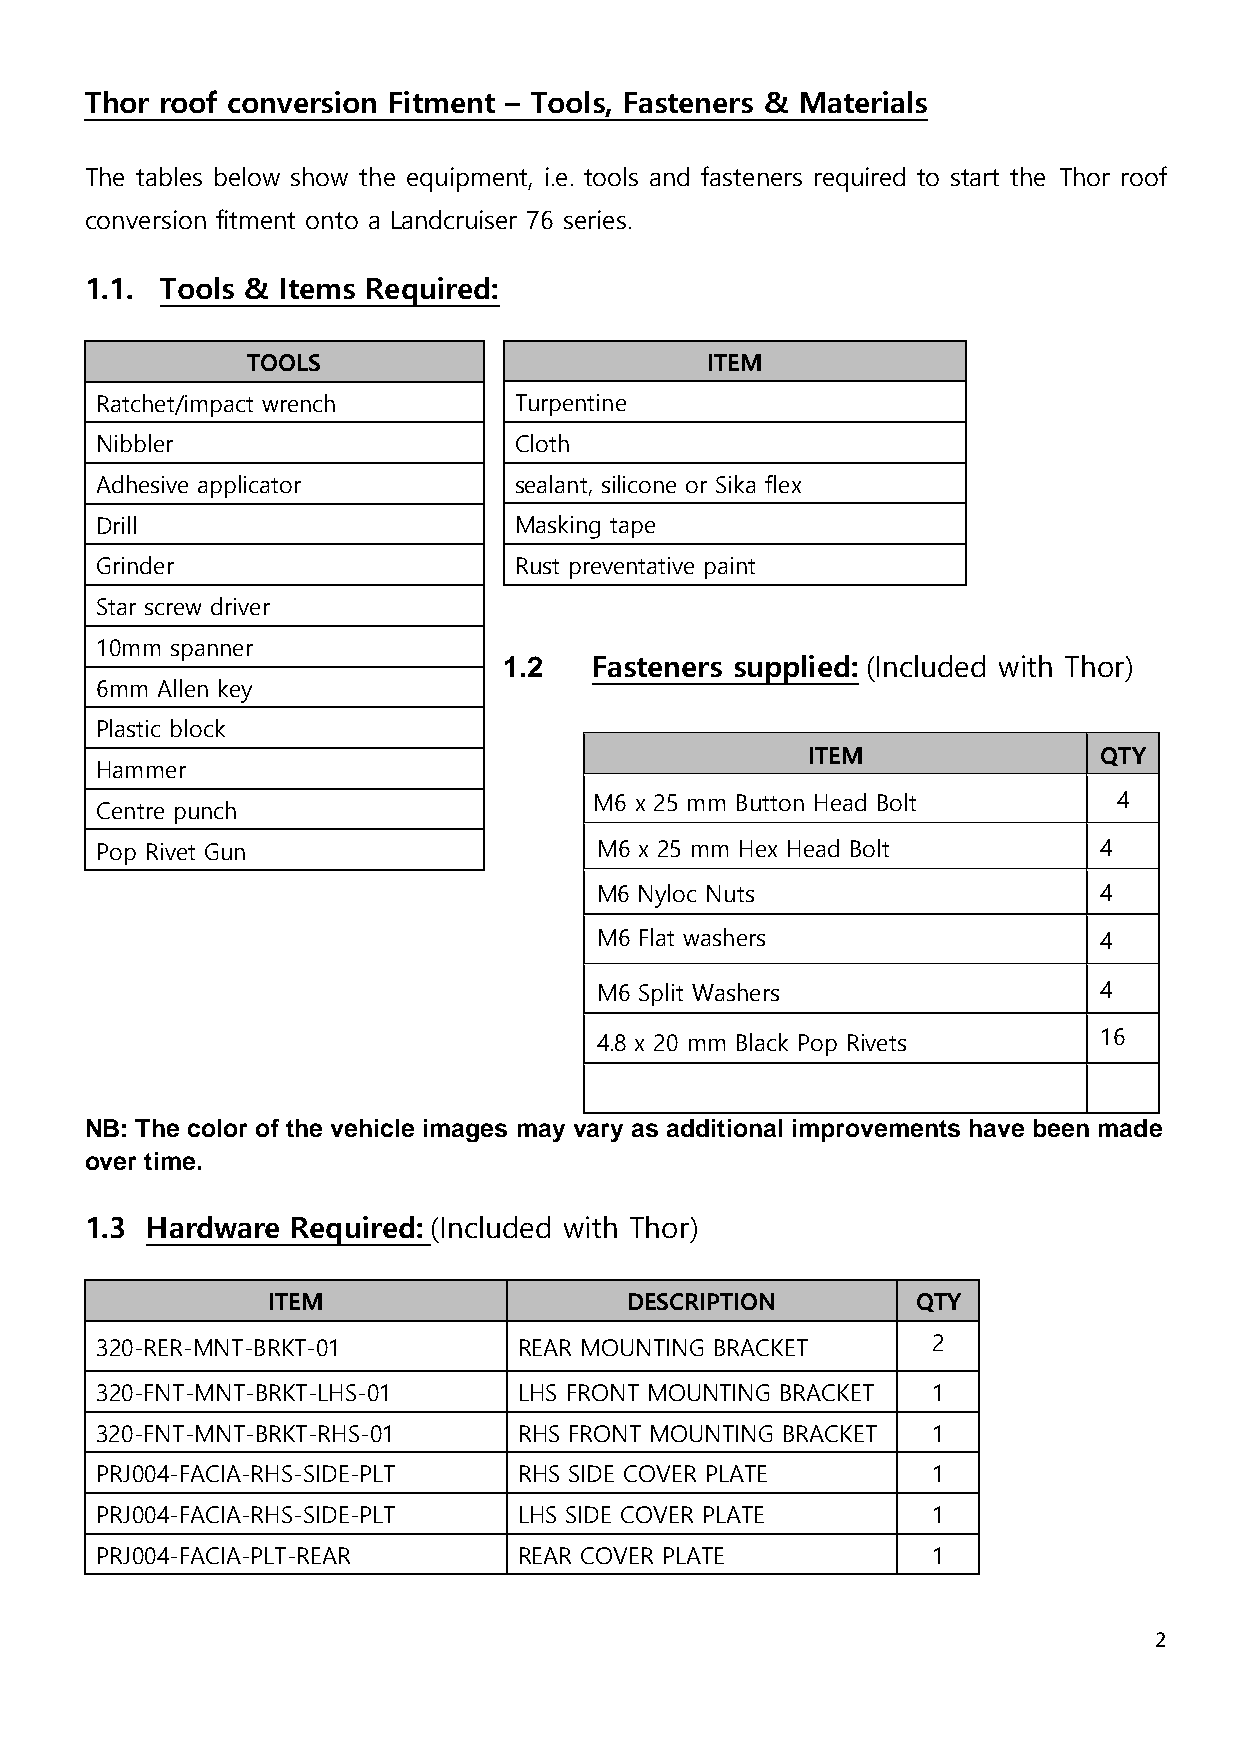
Thor roof conversion Fitment – Tools, Fasteners & Materials
 The tables below show the equipment, i.e. tools and fasteners required to start the Thor roof
 conversion fitment onto a Landcruiser 76 series.
 1.1. Tools & Items Required:
 TOOLS                          ITEM
 Ratchet/impact wrench       Turpentine
 Nibbler                     Cloth
 Adhesive applicator         sealant, silicone or Sika flex
 Drill                       Masking tape
 Grinder                     Rust preventative paint
 Star screw driver
 10mm spanner
 1.2   Fasteners supplied: (Included with Thor)
 6mm Allen key
 Plastic block
 ITEM                QTY
 Hammer
 M6 x 25 mm Button Head Bolt        4
 Centre punch
 Pop Rivet Gun                    M6 x 25 mm Hex Head Bolt          4
 M6 Nyloc Nuts                     4
 M6 Flat washers                   4
 M6 Split Washers                  4
 4.8 x 20 mm Black Pop Rivets      16
 NB: The color of the vehicle images may vary as additional improvements have been made
 over time.
 1.3 Hardware Required: (Included with Thor)
 ITEM                   DESCRIPTION         QTY
 320-RER-MNT-BRKT-01         REAR MOUNTING BRACKET       2
 320-FNT-MNT-BRKT-LHS-01     LHS FRONT MOUNTING BRACKET  1
 320-FNT-MNT-BRKT-RHS-01     RHS FRONT MOUNTING BRACKET  1
 PRJ004-FACIA-RHS-SIDE-PLT   RHS SIDE COVER PLATE        1
 PRJ004-FACIA-RHS-SIDE-PLT   LHS SIDE COVER PLATE        1
 PRJ004-FACIA-PLT-REAR       REAR COVER PLATE            1
 2